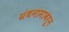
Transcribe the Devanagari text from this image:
ग्रंथनामावरून